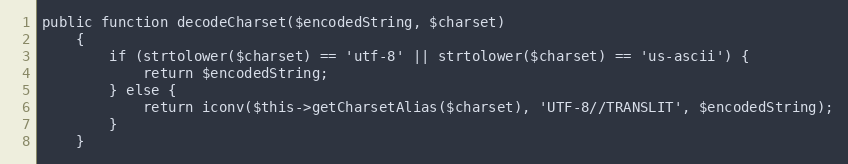
Language: PHP
public function decodeCharset($encodedString, $charset)
    {
        if (strtolower($charset) == 'utf-8' || strtolower($charset) == 'us-ascii') {
            return $encodedString;
        } else {
            return iconv($this->getCharsetAlias($charset), 'UTF-8//TRANSLIT', $encodedString);
        }
    }